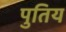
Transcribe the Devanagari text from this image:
पुतिय